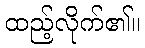
ထည့်လိုက်၏။